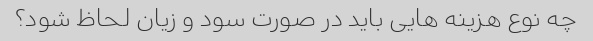
چه نوع هزینه هایی باید در صورت سود و زیان لحاظ شود؟